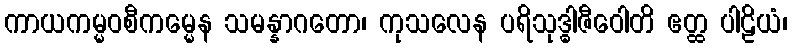
ကာယကမ္မဝစီကမ္မေန သမန္နာဂတော၊ ကုသလေန ပရိသုဒ္ဓါဇီဝေါတိ ဧတ္ထ ပါဠိယံ၊